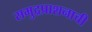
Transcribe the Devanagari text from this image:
समुद्रप्राशनाची